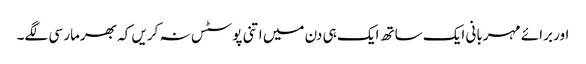
اور برائے مہربانی ایک ساتھ ایک ہی دن میں اتنی پوسٹس نہ کریں کہ بھرمار سی لگے۔